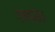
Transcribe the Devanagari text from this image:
एमप्रेस